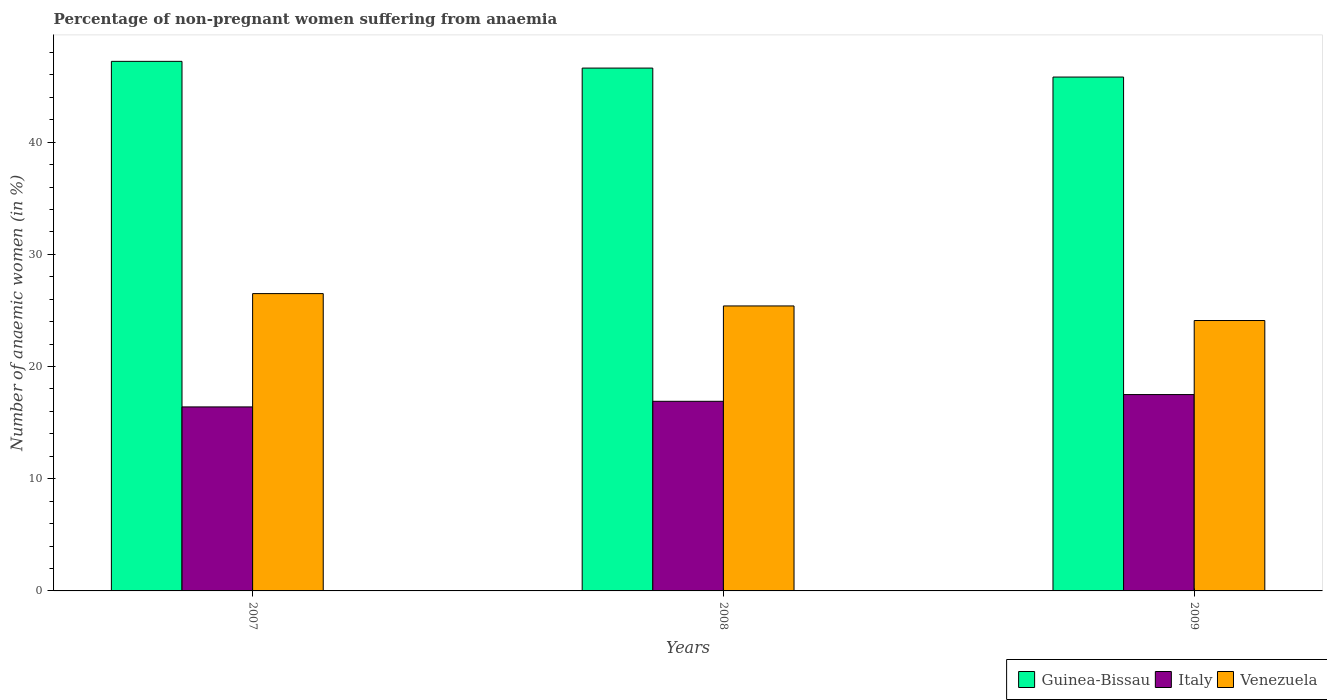
| Years | Guinea-Bissau | Italy | Venezuela |
 | --- | --- | --- | --- |
 | 2007 | 47.2 | 16.4 | 26.5 |
 | 2008 | 46.6 | 16.9 | 25.4 |
 | 2009 | 45.8 | 17.5 | 24.1 |